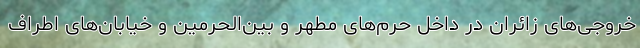
خروجی‌های زائران در داخل حرم‌های مطهر و بین‌الحرمین و خیابان‌های اطراف